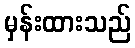
မှန်းထားသည်